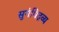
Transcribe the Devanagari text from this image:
सुगंधिद्रव्य